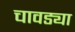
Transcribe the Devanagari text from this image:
चावड्या